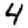
Digit: 4